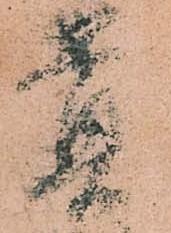
貴